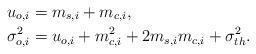
LaTeX: \begin{align*}u_{o,i}&=m_{s,i}+m_{c,i},\\\sigma_{o,i}^2&=u_{o,i}+m_{c,i}^2+2m_{s,i}m_{c,i}+\sigma_{th}^2.\end{align*}